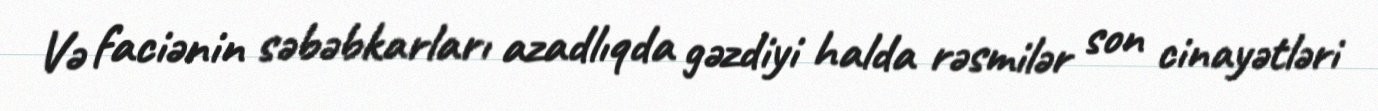
Və faciənin səbəbkarları azadlıqda gəzdiyi halda rəsmilər son cinayətləri